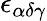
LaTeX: \epsilon_{\alpha\delta\gamma}